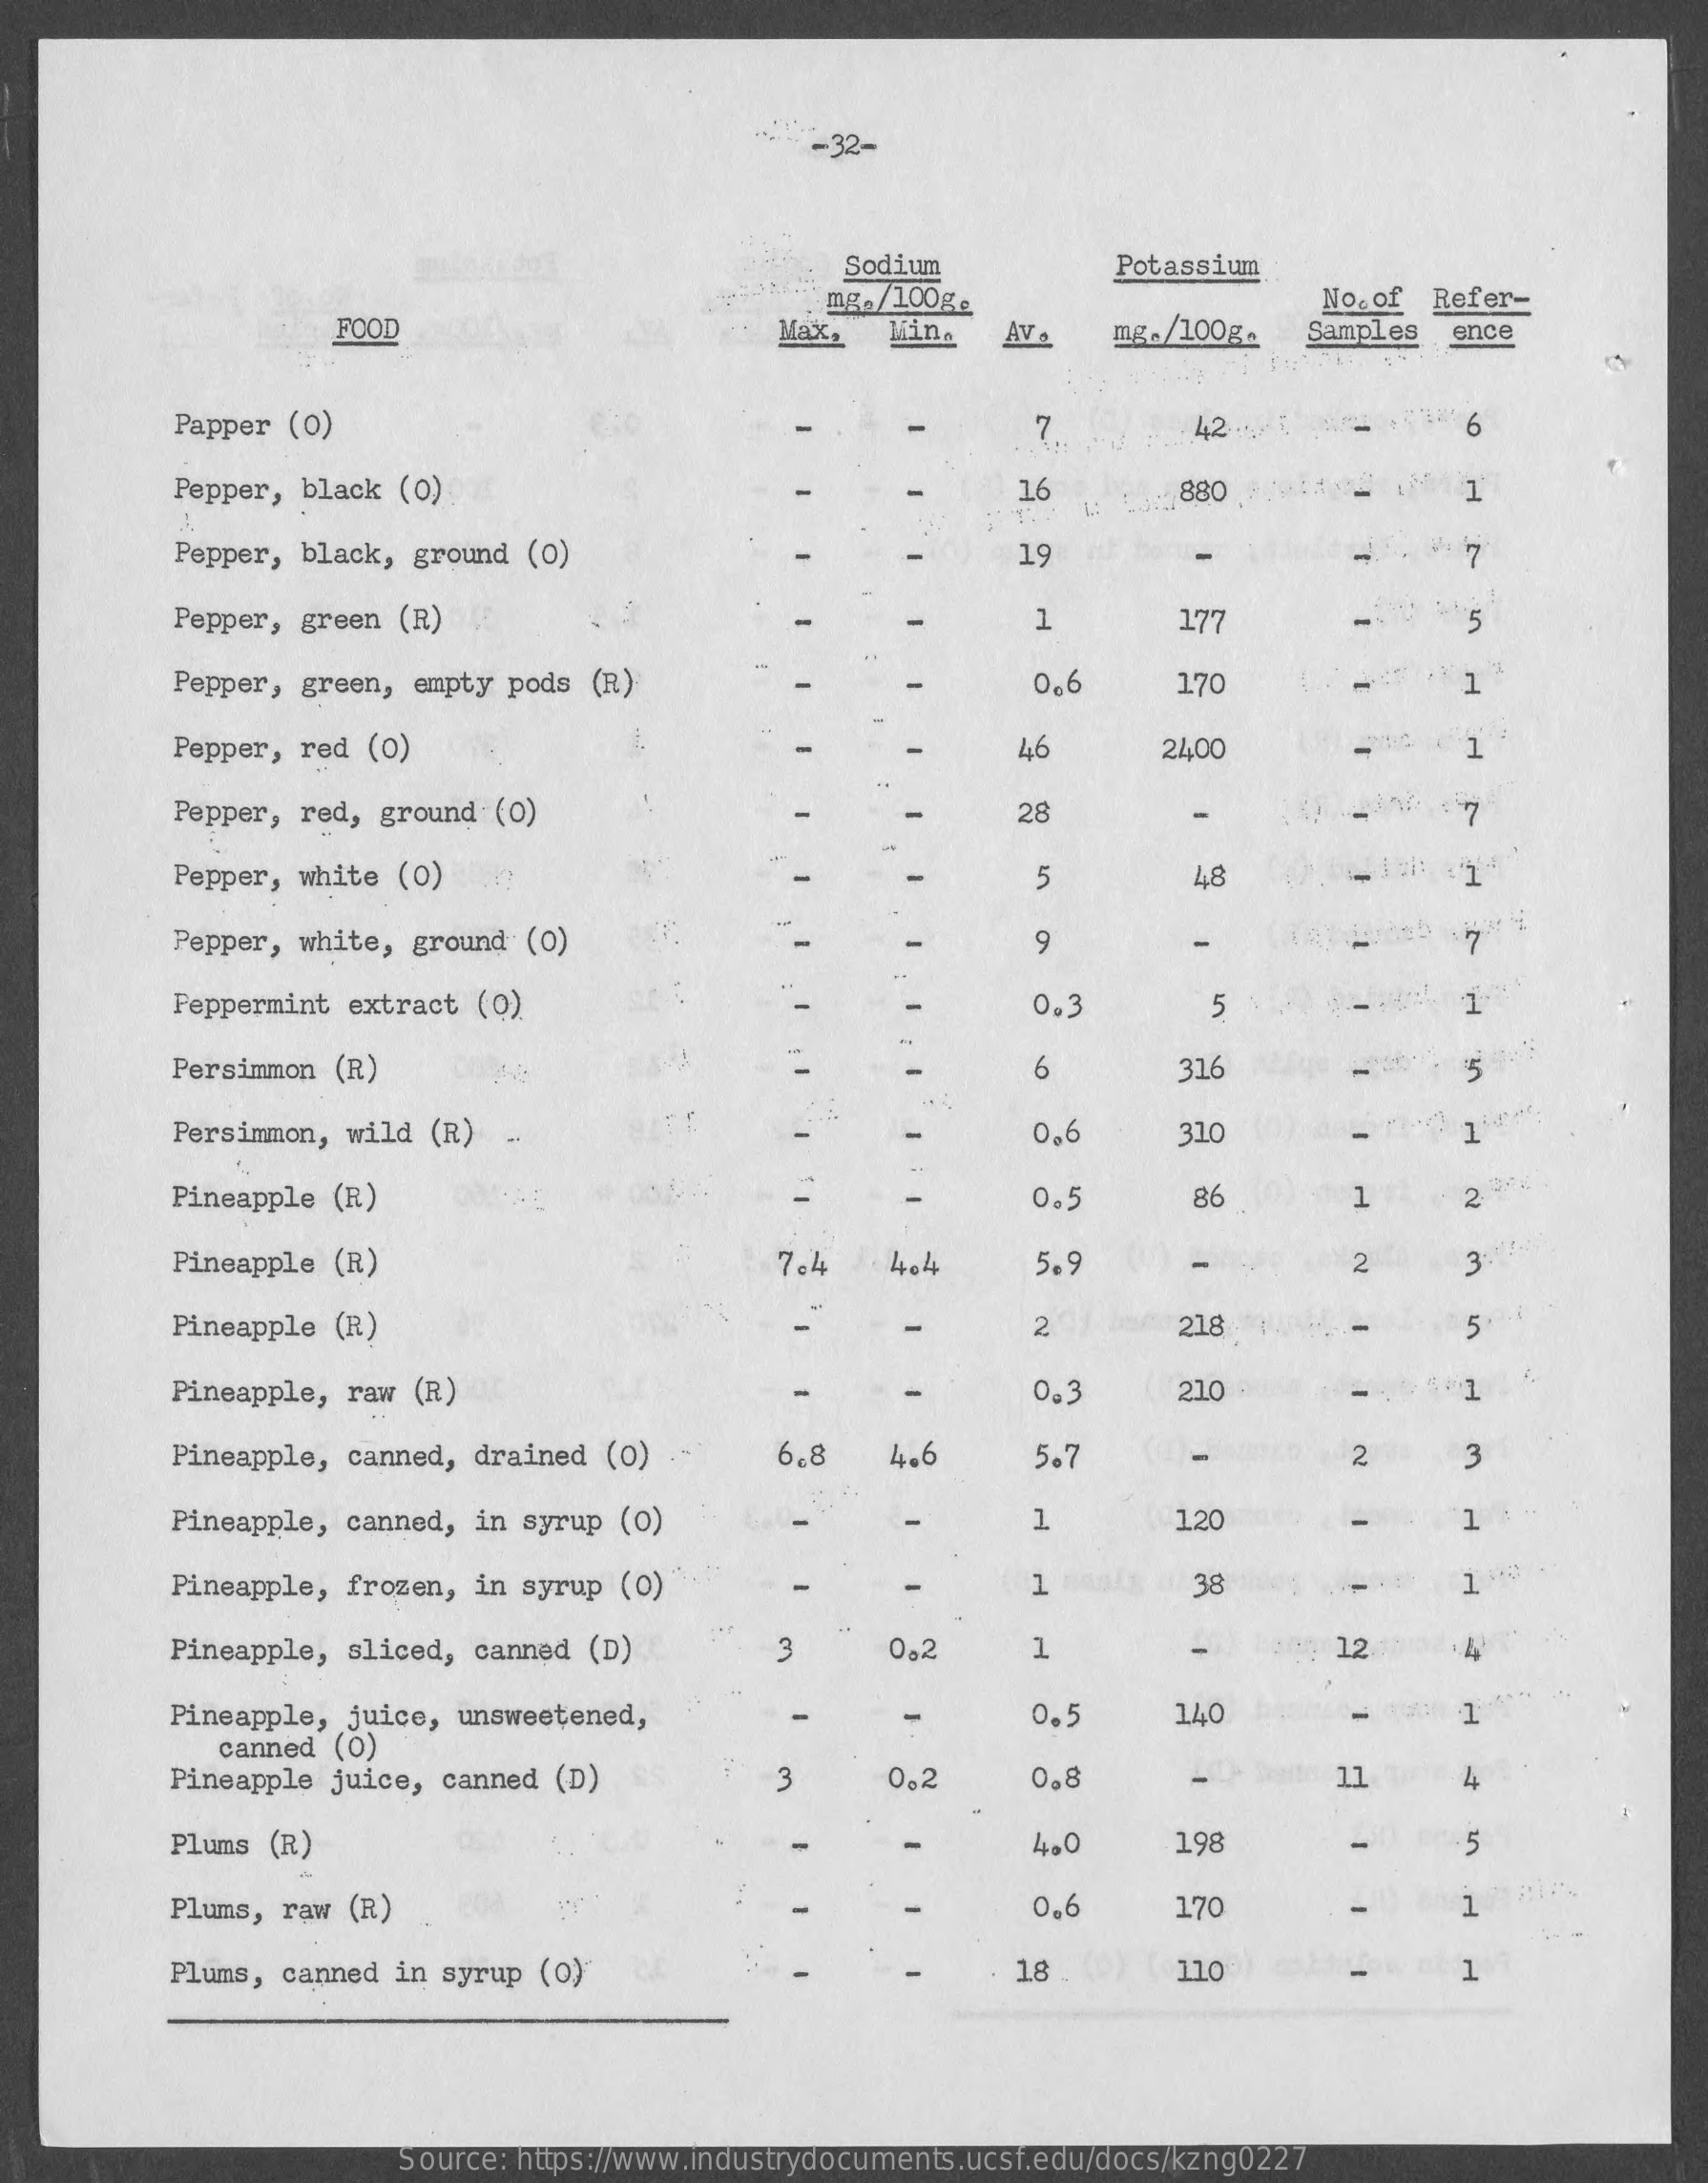
-32-
     Sodium    Potassium
     mg. /100g ℮
     FOOD    Max.   Wina   AV .    mg. /100g.
     No. of Refer-
     Samples   ence
     Papper  (0)    7.    42   1    6
     Pepper,  black (0)    16
     L:
     .. 880
     Pepper,  black, ground (0)    19    7
     Pepper, green  (R)    1    177    5
     Pepper, green,  empty pods (R)    066    170    1
     Pepper,  red (0)    46    2400
     Pepper,  red, ground (0)    28    7
     Pepper, white  (0)    5    48
     Pepper, white,  ground (0)    9    7
     Peppermint extract (0)    0.3    5
     Persimmon  (R)    6    316    Vi.
     P
     Persimmon,  wild (R)  ..    0.6    310
     Epar
     Pineapple  (R)    0.5    86    1    2
     Pineapple (R)    7.4    4.4    5.9    2    3
     Pineapple  (R)    2    218    5
     Pineapple, raw (R)    0.3    210    1
     Pineapple, canned,  drained (0)    6.8    4.6    5.7    2    3
     Pineapple,  canned, in syrup (0)    1    120    1
     Pineapple,  frozen, in syrup  (0)    1    38    1
     Pineapple,  sliced, canned (D)    3    0,2    1    12
     Pineapple,  juice, unsweetened,    1
     canned  (0)
     0.5    140
     Pineapple  juice, canned (D)    3    0.2    0.8    11    4
     Plums  (R)    4.0    198    5
     Plums, raw  (R)    0.6    170    1
     Plums, canned  in syrup (0)    18 . (0)   110    1
     Source: https://www.industrydocuments.ucsf.edu/docs/kzng0227